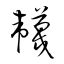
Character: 韤